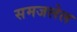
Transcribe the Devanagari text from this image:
समजलेल